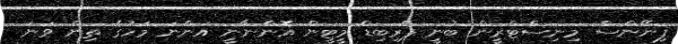
ފިނޭންސް މިނިސްޓްރީން ބުނީ ޕްރިބިޑް މީޓީން އޮންނާނީ އަންނަ މަހުގެ ތިން ވަނަ